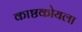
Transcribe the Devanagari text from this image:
काष्ठकोयला